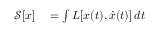
\begin{array} { r l } { { \mathcal { S } } [ x ] } & { { } = \int L [ x ( t ) , { \dot { x } } ( t ) ] \, d t } \end{array}